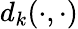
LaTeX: d_{k}(\cdot,\cdot)